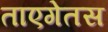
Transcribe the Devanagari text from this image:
ताएगेतस